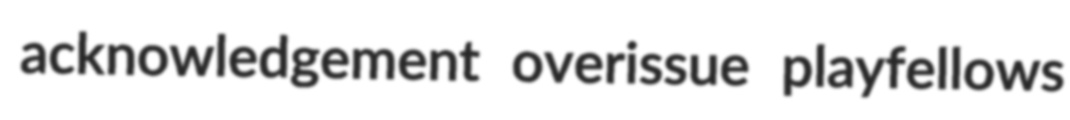
acknowledgement overissue playfellows